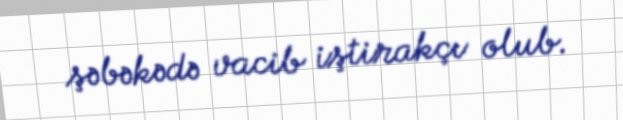
şəbəkədə vacib iştirakçı olub.